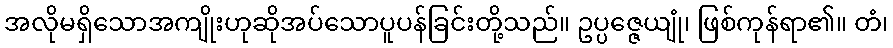
အလိုမရှိသောအကျိုးဟုဆိုအပ်သောပူပန်ခြင်းတို့သည်။ ဥပ္ပဇ္ဇေယျုံ၊ ဖြစ်ကုန်ရာ၏။ တံ၊